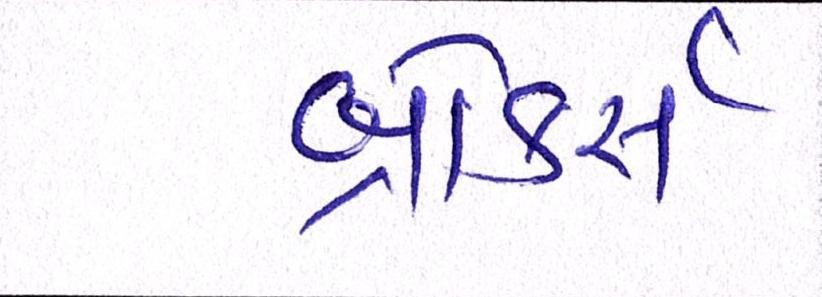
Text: બ્રોકર્સ